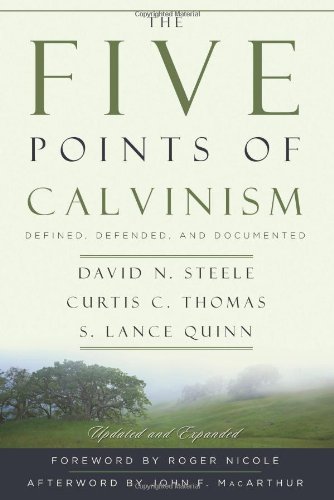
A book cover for The Five Points of Calvinism: Defined, Defended, and Documented; David N. Steele; Christian Books & Bibles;